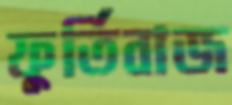
ফুর্তিবাজ